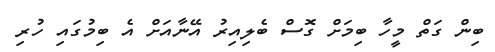
ބިން ގަތް މީހާ ބިމަށް ގޮސް ބެލިއިރު އޭނާއަށް އެ ބިމުގައި ހުރި